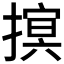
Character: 𢳡